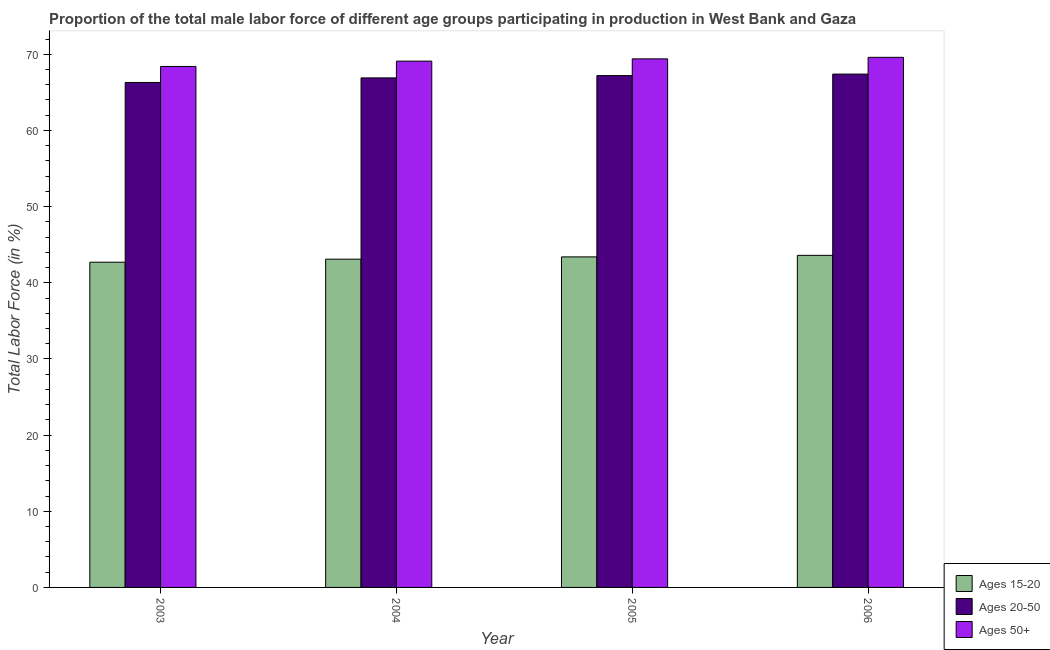
| Year | Ages 15-20 | Ages 20-50 | Ages 50+ |
 | --- | --- | --- | --- |
 | 2003 | 42.7 | 66.3 | 68.4 |
 | 2004 | 43.1 | 66.9 | 69.1 |
 | 2005 | 43.4 | 67.2 | 69.4 |
 | 2006 | 43.6 | 67.4 | 69.6 |